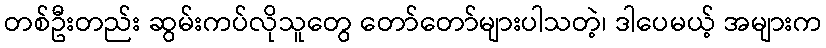
တစ်ဦးတည်း ဆွမ်းကပ်လိုသူတွေ တော်တော်များပါသတဲ့၊ ဒါပေမယ့် အများက